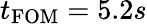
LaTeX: t_{\mathrm{FOM}}=5.2s